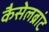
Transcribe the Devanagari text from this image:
कैसेलब्रांट